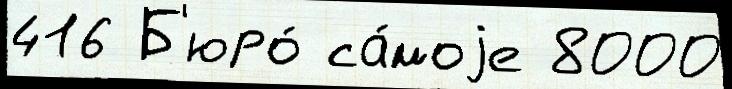
416 Б'юро́ са́моjе 8000